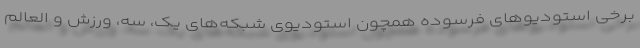
برخی استودیوهای فرسوده همچون استودیوی شبکه‌های یک، سه، ورزش و العالم